Report of the veterinary officer investigating camel disease
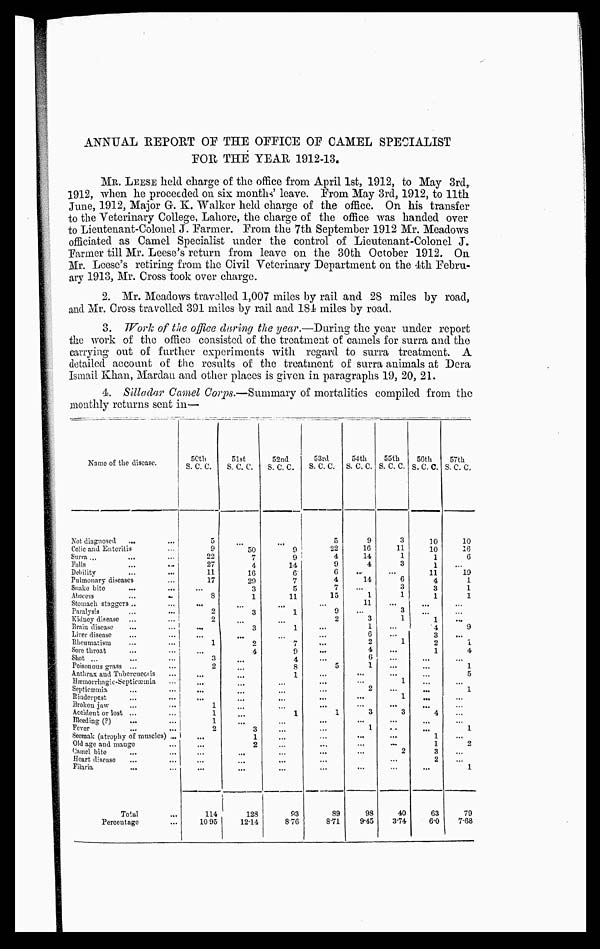
ANNUAL REPORT OF THE OFFICE OF CAMEL SPECIALIST
FOR THE YEAR 1912-13.
MR. LEESE held charge of the office from April 1st, 1912, to May 3rd,
1912, when he proceeded on six months' leave. From May 3rd, 1912, to 11th
June, 1912, Major G. K. Walker held charge of the office. On his transfer
to the Veterinary College, Lahore, the charge of the office was handed over
to Lieutenant-Colonel J. Parmer. Prom the 7th September 1912 Mr. Meadows
officiated as Camel Specialist under the control of Lieutenant-Colonel J.
Parmer till Mr. Leese's return from leave on the 30th October 1912. On.
Mr. Leese's retiring from the Civil Veterinary Department on the 4th Febru-
ary 1913, Mr. Cross took over charge.
2. Mr. Meadows travelled 1,007 miles by rail and 28 miles by road,
and Mr. Cross travelled 391 miles by rail and 184 miles by road,
3. Work of the office during the year.—During the year under report
the work of the office consisted of the treatment of. camels for surra and the
carrying out of further experiments with regard to surra treatment. A
detailed account of the results of the treatment of surra animals at Dera
Ismail Khan, Mardan and other places is given in paragraphs 19, 20, 21.
4. Sillladar Camel Corps.—Summary of mortalities compiled from the
monthly returns sent in—
Name of the disease.
Not diagnosed
Colic and Enteritis
Surra ...
Falls
Debility
Pulmonary diseases
Snake bite
Abscess
...
Stomach staggers ..
Paralysis
Kidney disease
Brain disease
Liver disease
Rheumatism
Sore throat
Shot ...
Poisonous grass ...
Anthrax and Tubercuecsis
Hæmorrhagic-Septicacmia
Septicæmia
Rinderpest
Broken jaw
Accident or lost ...
Bleeding (?)
Fever
Seomak (atrophy of muscles)
Old age and mango
Camel bite
Heart disease
Filaria
Total
Percentage
50th
s. c. c.
5
9
22
27
11
17
...
8
...
2
2
...
...
1
...
3
2
...
...
...
...
1
1
1
2
...
...
...
...
...
114
10.95
51st
s. c. c.
...
... 50
7
4
16
29
3
1
...
3
...
3
...
2
4
...
...
...
...
...
...
...
...
...
3
1
2
...
...
...
128
12.4
52nd
s. c. c.
...
9
9
14
6
7
5
11
...
1
...
1
...
7
9
4
8
1
...
...
...
...
1
...
...
...
...
...
...
...
93
876
53rd
S. C. C.
5
22
4
9
6
4
7
15
....
9
2
...
...
...
...
...
5
...
...
...
...
... 1
...
...
...
...
...
...
...
89
8.1
54th
S. C. C.
9
16
14
4
...
14
...
1
11
...
3
1
6
2
4
6
1
...
...
2
...
... 3
...
1
...
...
...
...
...
98
9.5
55th
S. C. C
3
11
1
3
...
6
3
1
...
3
1
...
...
1
...
...
...
...
1
...
1
... 3
...
...
...
... 2
...
...
40
3.4
56th
S.C.C.
10
10
1
1
11
4
3
1
...
...
1
4
3
2
1
...
...
...
...
...
...
... 4
...
...
1
1
3
2
....
63
6.0
57th
S. C. C.
10
16
6
...
19
1
1
1
...
...
...
9
...
1
4
...
1
5
...
1
...
...
...
...
1
....
2
...
...
1
79
7.8